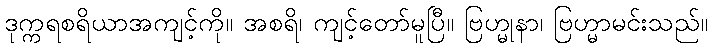
ဒုက္ကရစရိယာအကျင့်ကို။ အစရိ၊ ကျင့်တော်မူပြီ။ ဗြဟ္မုနာ၊ ဗြဟ္မာမင်းသည်။